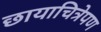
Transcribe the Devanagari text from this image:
छायाचित्रेपण